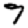
Digit: 7